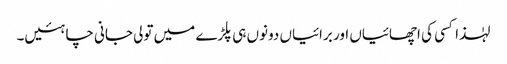
لہٰذا کسی کی اچھائیاں اور برائیاں دونوں ہی پلڑے میں تولی جانی چاہئیں۔